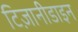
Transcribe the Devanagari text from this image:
टिज़ानीडाइन